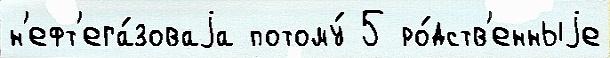
н'ефт'ега́зоваjа потому́ 5 ро́дств'енныjе